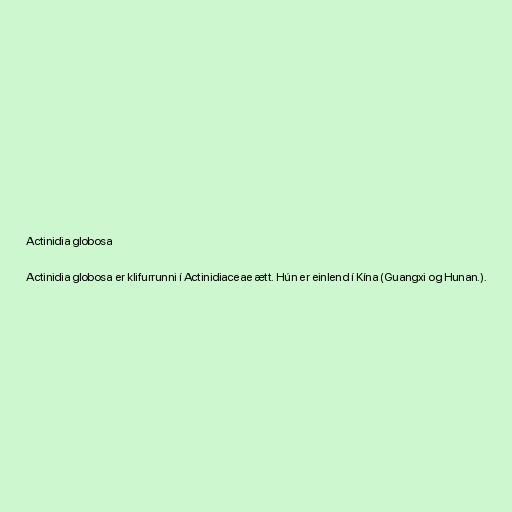
Actinidia globosa

Actinidia globosa er klifurrunni í Actinidiaceae ætt. Hún er einlend í Kína (​​Guangxi og Hunan.).